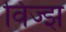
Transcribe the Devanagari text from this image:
विज्झ